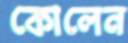
কোলেন